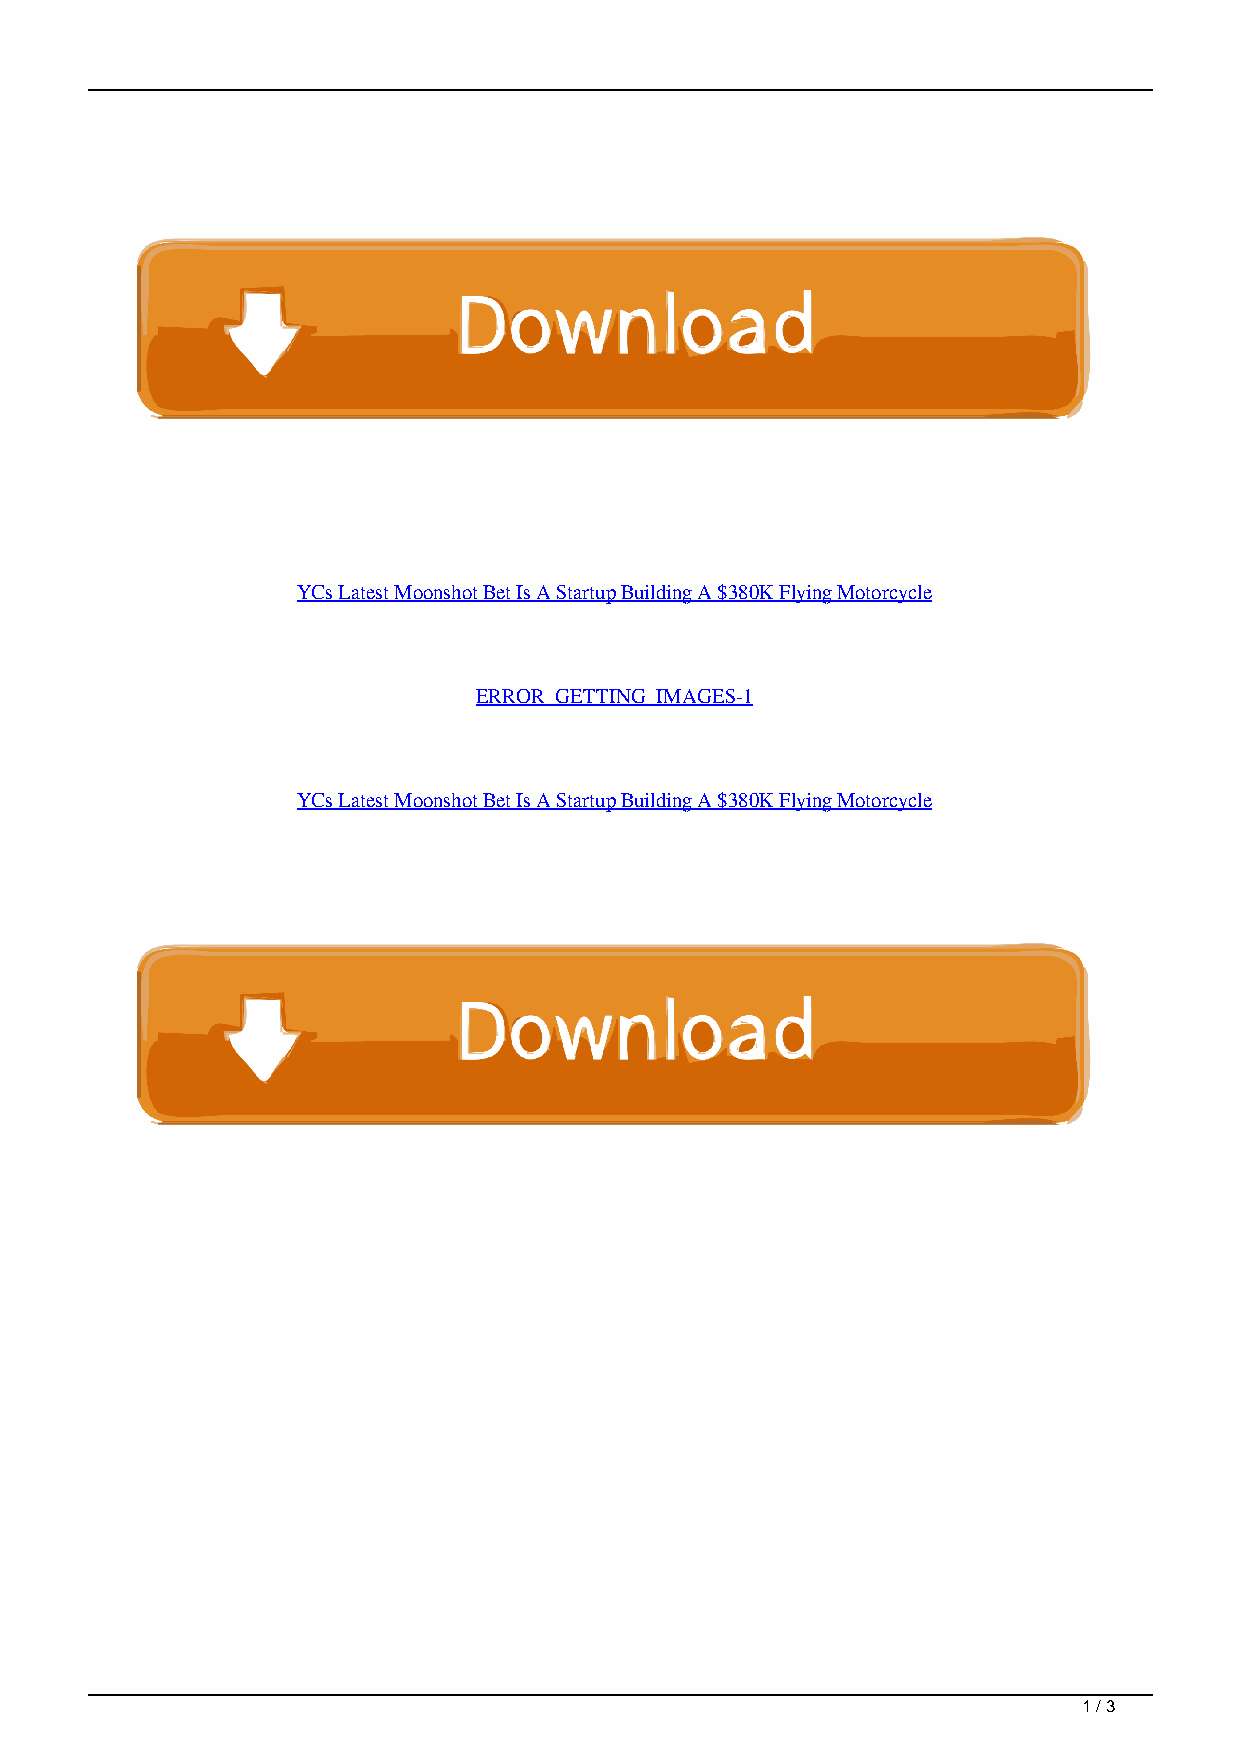
YCs Latest Moonshot Bet Is A Startup Building A $380K Flying Motorcycle
 ERROR_GETTING_IMAGES-1
 YCs Latest Moonshot Bet Is A Startup Building A $380K Flying Motorcycle
 1 / 3